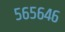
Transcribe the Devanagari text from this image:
५६५६४६